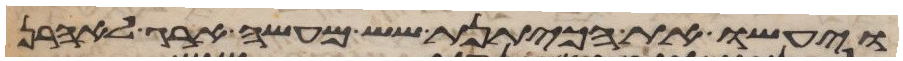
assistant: ויעשו את הכיתנת שש מעשה ארג לאהרן